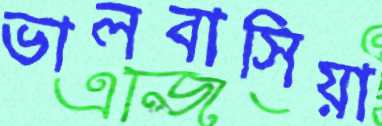
ভালবাসিয়া